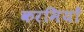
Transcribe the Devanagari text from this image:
करमियों